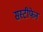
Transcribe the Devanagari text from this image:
सस्टीफेन